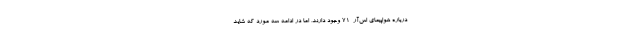
درباره هواپیمای اس‌آر-71 وجود دارند، اما در ادامه سه مورد که شاید